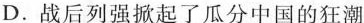
D.战后列强掀起了瓜分中国的狂潮